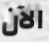
الآن